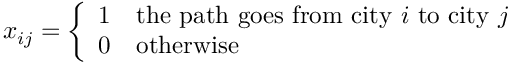
x _ { i j } = { \left\{ \begin{array} { l l } { 1 } & { { \mathrm { t h e ~ p a t h ~ g o e s ~ f r o m ~ c i t y ~ } } i { \mathrm { ~ t o ~ c i t y ~ } } j } \\ { 0 } & { { \mathrm { o t h e r w i s e } } } \end{array} \right. }